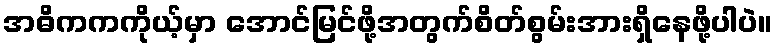
အဓိကကကိုယ့်မှာ အောင်မြင်ဖို့အတွက်စိတ်စွမ်းအားရှိနေဖို့ပါပဲ။